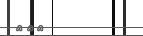
١٧٥